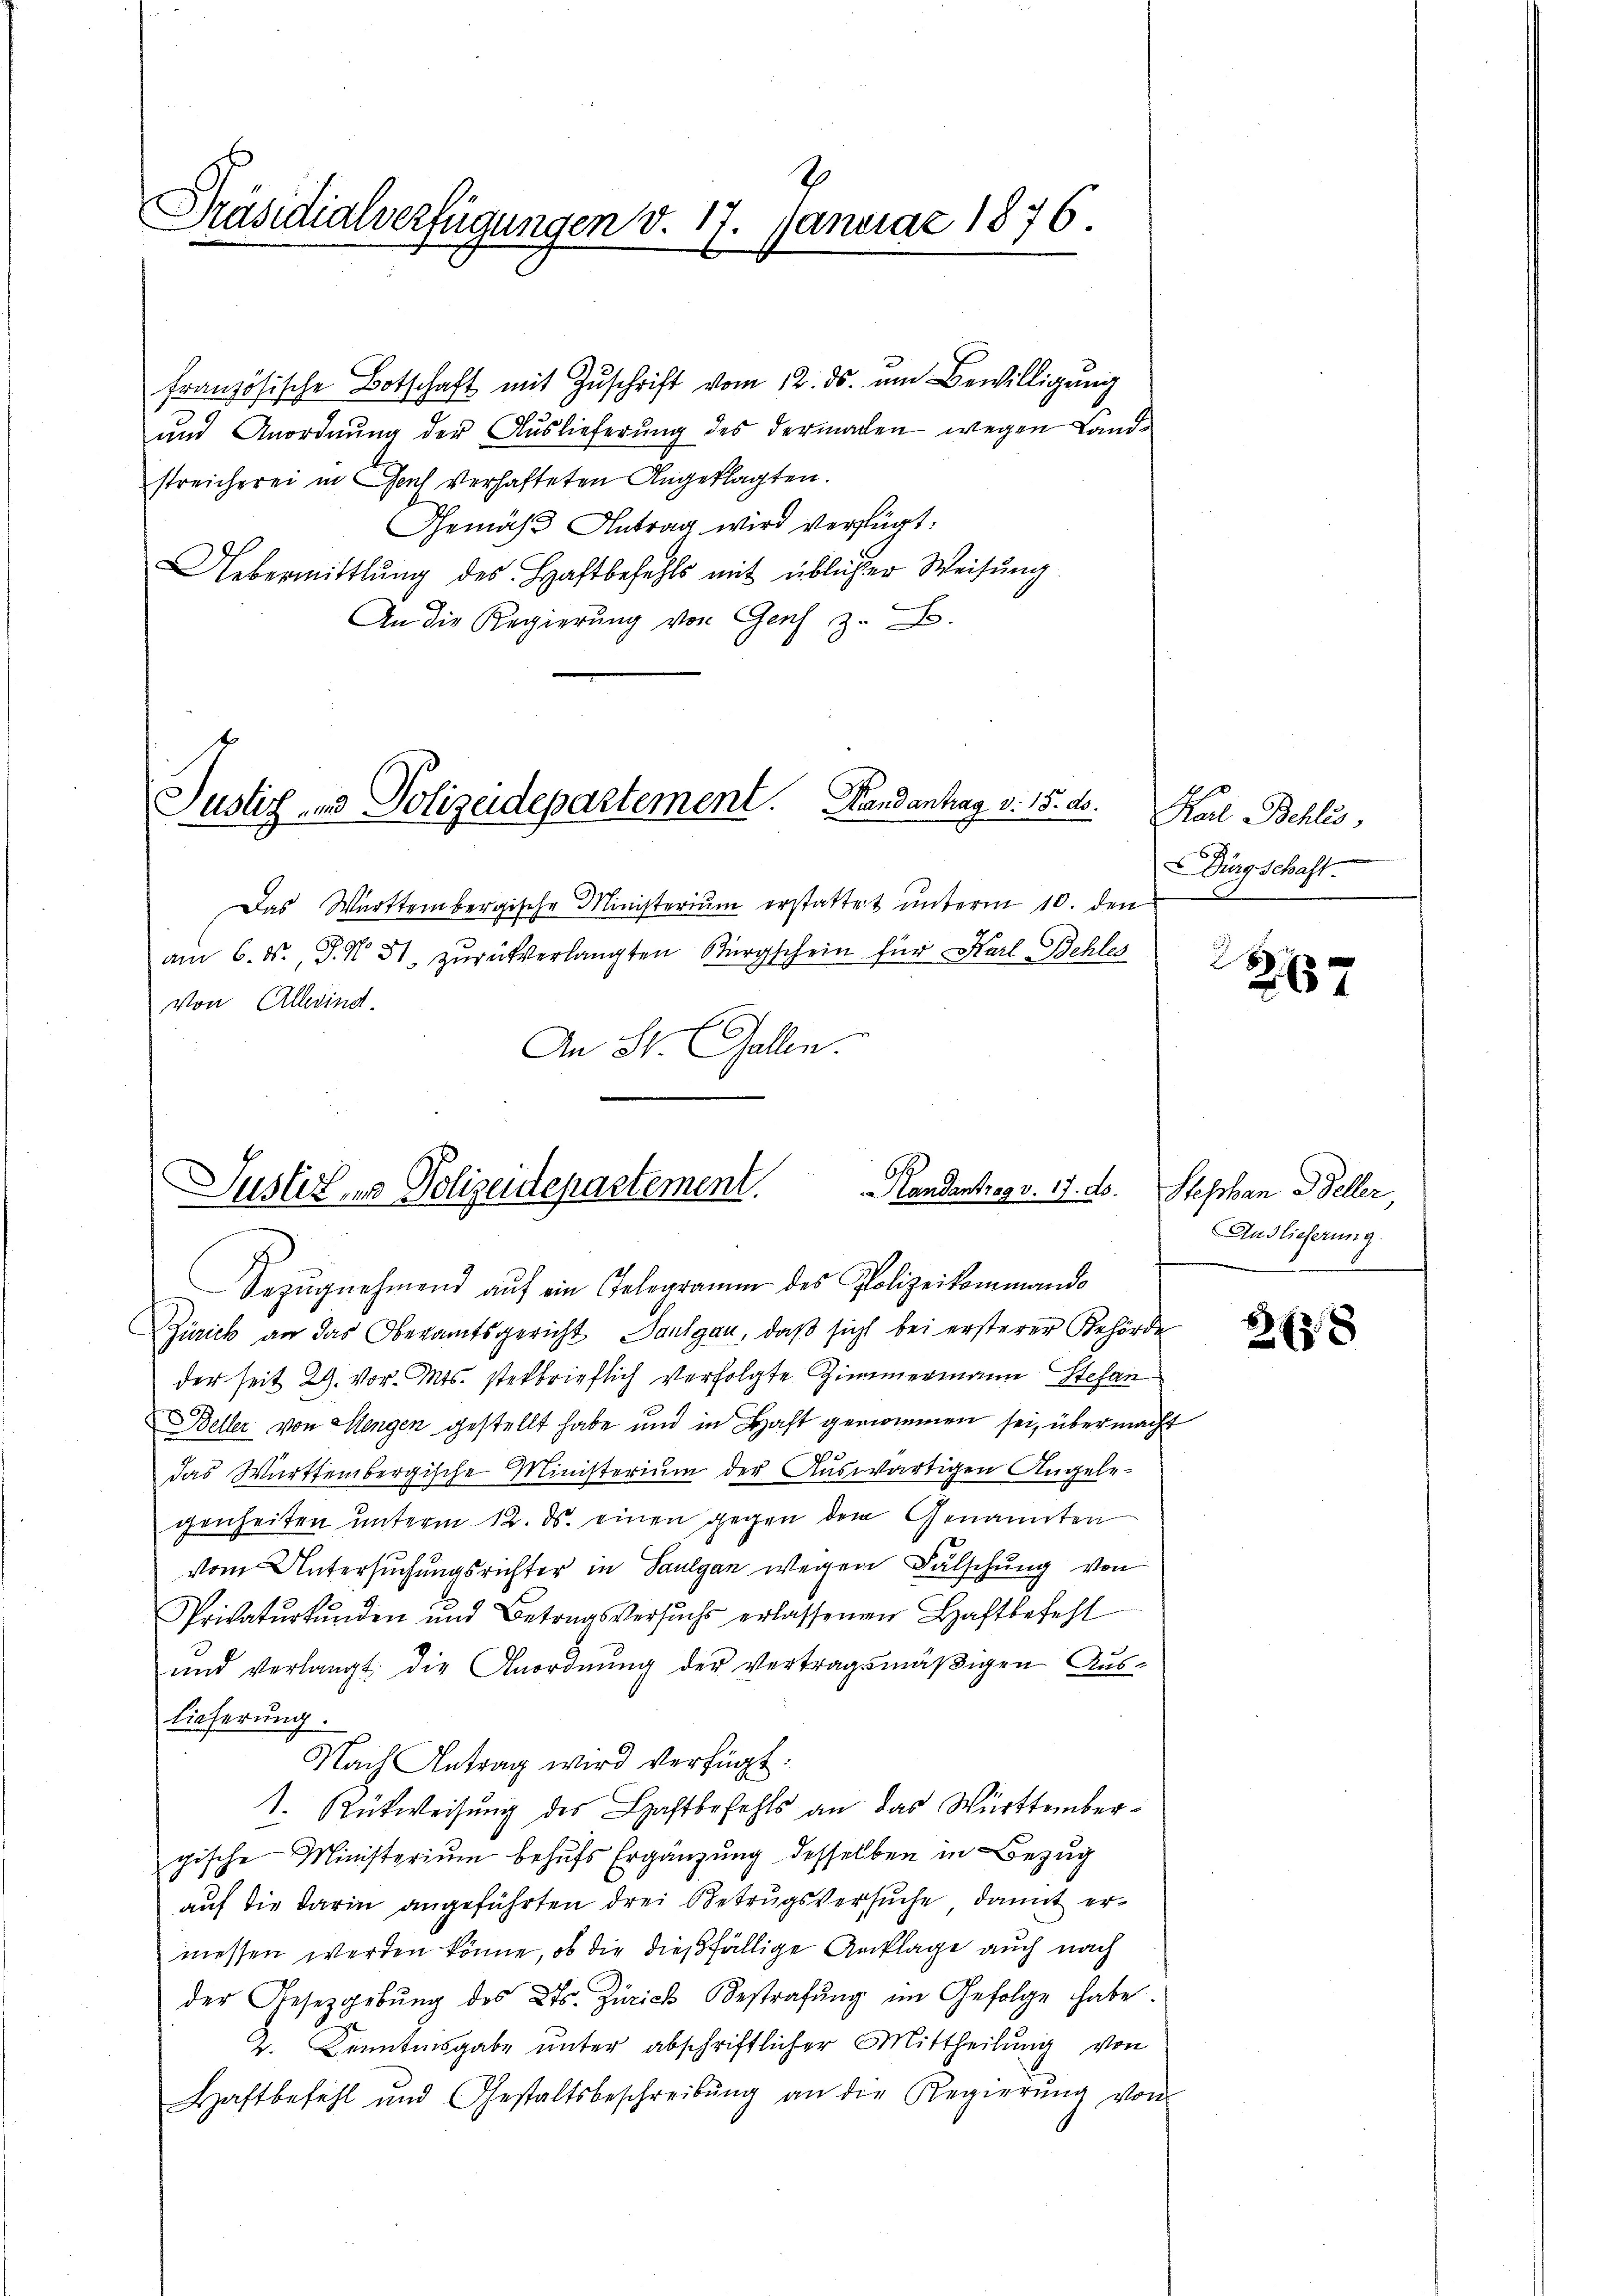
Präsidialverfügungen v. 17. Januar 1876.
e

französische Botschaft mit Zŭschrift vom 12. ds. um Bewilligung
und Anordnung der Auslieferung des dermachen wegen Landstreicherei in Gach verhafteten Angeklagten.
Gemäβ Antrag wird verfügt.
Uebermittlung des Haftbefehls mit üblicher Weisung
An die Regierung vor Genf z. B.
Justiz und Polizeidepartement. Handanhag v. 15. ds.
Das Württembergische Ministerium erstattet unterm 10. den
am 6. d. J. N. 31. zurückverlangten Bürgschein für Karl-Behles
von Allerind
An St. Gallen.

Handentrag v. 17. ds. Stephan Seller
Justiz, es Polizeidepartement.

Bezŭgnehmend aŭf ein Gelegramm des Polizeikommando
Zürich an das Oberamtsgericht Paulgau, daß sicht bei ersterer Behörde
der seit 29. vor. Mts. sterbrieflich verfolgte Zimmermann Stefan
Beller von Elengen gestellt habe und in Haft genommen sei, übermacht
das Württembergische Ministerium der Auswärtigen Angele-
genheiten unterm 12. ds. einen gegen dem Genannten
vom Untersuchungsrichter in Saulgan wegen Fälschung von
Privatŭrkŭnden und Betragsversuchs erlassenen Haftbefehl
und verlangt die Anordnŭng der vertragsmäβigen Aus-
Lieferung.
Nach Antrag wird verfügt:
t. Rückweisung des Haftbefehls an das Württembergische Ministerium behufs Ergänzung desselben in Bezug
auf die darin angeführten drei Betrugsversuche, damit ermessen werden könne, ob die dießfällige Anklage auch nach
der Gesetzgebŭng des Kts. Zürich Bestrafŭng im Gefolge habe.
2. Kenntnisgabe unter abschriftlicher Mittheilung von
Haftbefehl und Gestaltsbeschreibŭng an die Regierŭng von

Karl Bohlis,
Bürgschaft.

267

Auslieferung.

2 xx